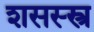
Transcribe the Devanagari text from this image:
शसस्स्त्र